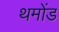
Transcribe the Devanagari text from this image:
थमोंड